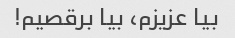
بیا عزیزم، بیا برقصیم!